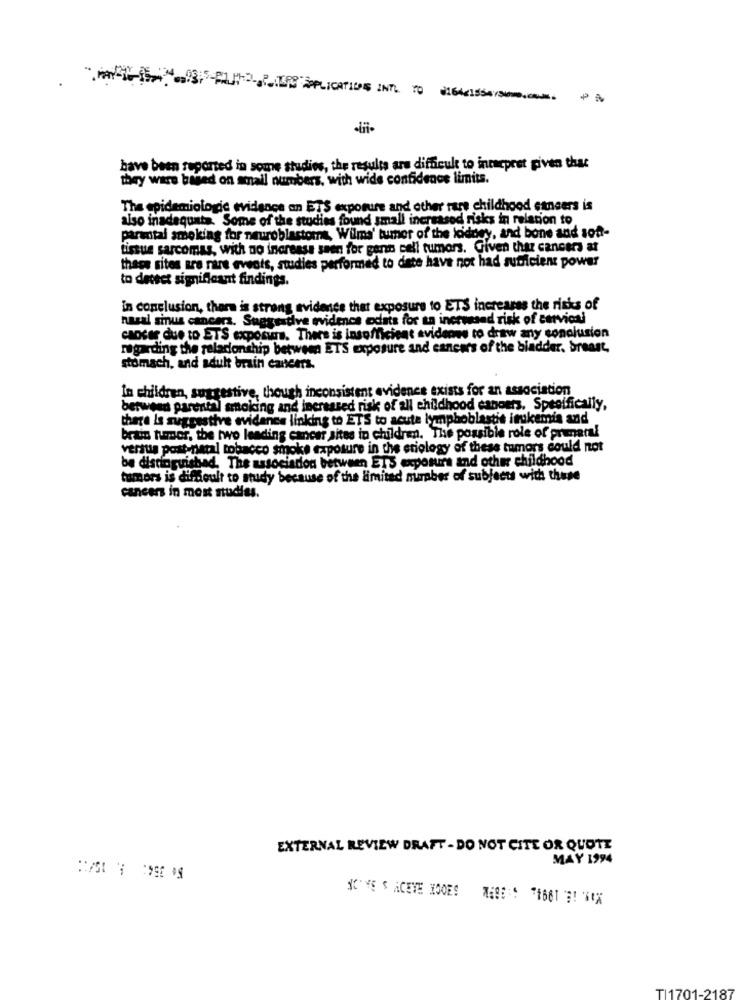
PALRE APPLICATIONS INTL 10 0164554PM
have been reported in some studies, the results are difficult to intacpret given that
they were based on small numbers, with wide confidence limits.
The epidemiologic evidence an ETS exposure and other rare childhood cancers is
also inadequate. Some of the studies found small increased risks in relation to
parental smoking for neuroblastoma, Wilms' tumer of the kidney, and bone and soft-
tissue sarcomas, with no increase seen for gent cell tumors. Given that cancers at
these sites are rare events, studies performed to date have not had subicient power
to detect significant findings.
in conclusion, there is strong evidence that exposure to ETS increases the risks of
nasal sinus cancers. Suegsative evidence odats for an increased risk of cervical
cancer due to ETS exposure. There is insufficient avidenes to draw any conclusion
regarding the relationship between ETS exposure and cancers of the bladder, breast,
stomach, and adult brain cancers.
In children, suggestive, though inconsistent evidence exists for an association
between parental smoking and increased risk of all childhood canoers, Specifically,
there is suggestive evidence linking to ETS to acute lymphoblastit inkemnia and
brain tumor, the two leading cancer sites in children. The possible role of prumnaral
versus post-natal tobacco smoke exposure in the etiology of these tumors could not
be distinguished, The association between ETS exposure and other childhood
tumors is difficult to study because of the limited number of subjects with thuse
cancers in most studies.
EXTERNAL REVIEW DRAFT - DO NOT CITE OR QUOTE
MAY 1994
TI1701-2187